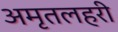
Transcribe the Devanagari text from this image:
अमृतलहरी